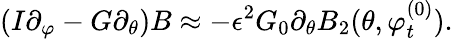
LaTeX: (I\partial_{\varphi}-G\partial_{\theta})B\approx-\epsilon^{2}G_{0}\partial_{\theta}B_{2}(\theta,\varphi_{t}^{(0)}).